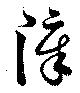
障